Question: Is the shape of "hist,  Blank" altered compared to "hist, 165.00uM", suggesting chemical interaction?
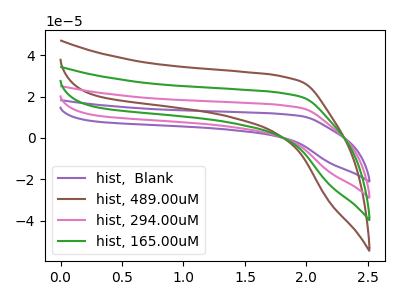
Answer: <think>The purple curve "hist,  Blank" has no peaks. The brown curve "hist, 489.00uM" has no peaks. The pink curve "hist, 294.00uM" has no peaks. The green curve "hist, 165.00uM" has no peaks.
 Neither "hist,  Blank" or "hist, 165.00uM" have any peaks.</think>
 <answer>No, "hist,  Blank" and "hist, 165.00uM" don't appear to be significantly different in shape</answer>
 <eval>no_change</eval>